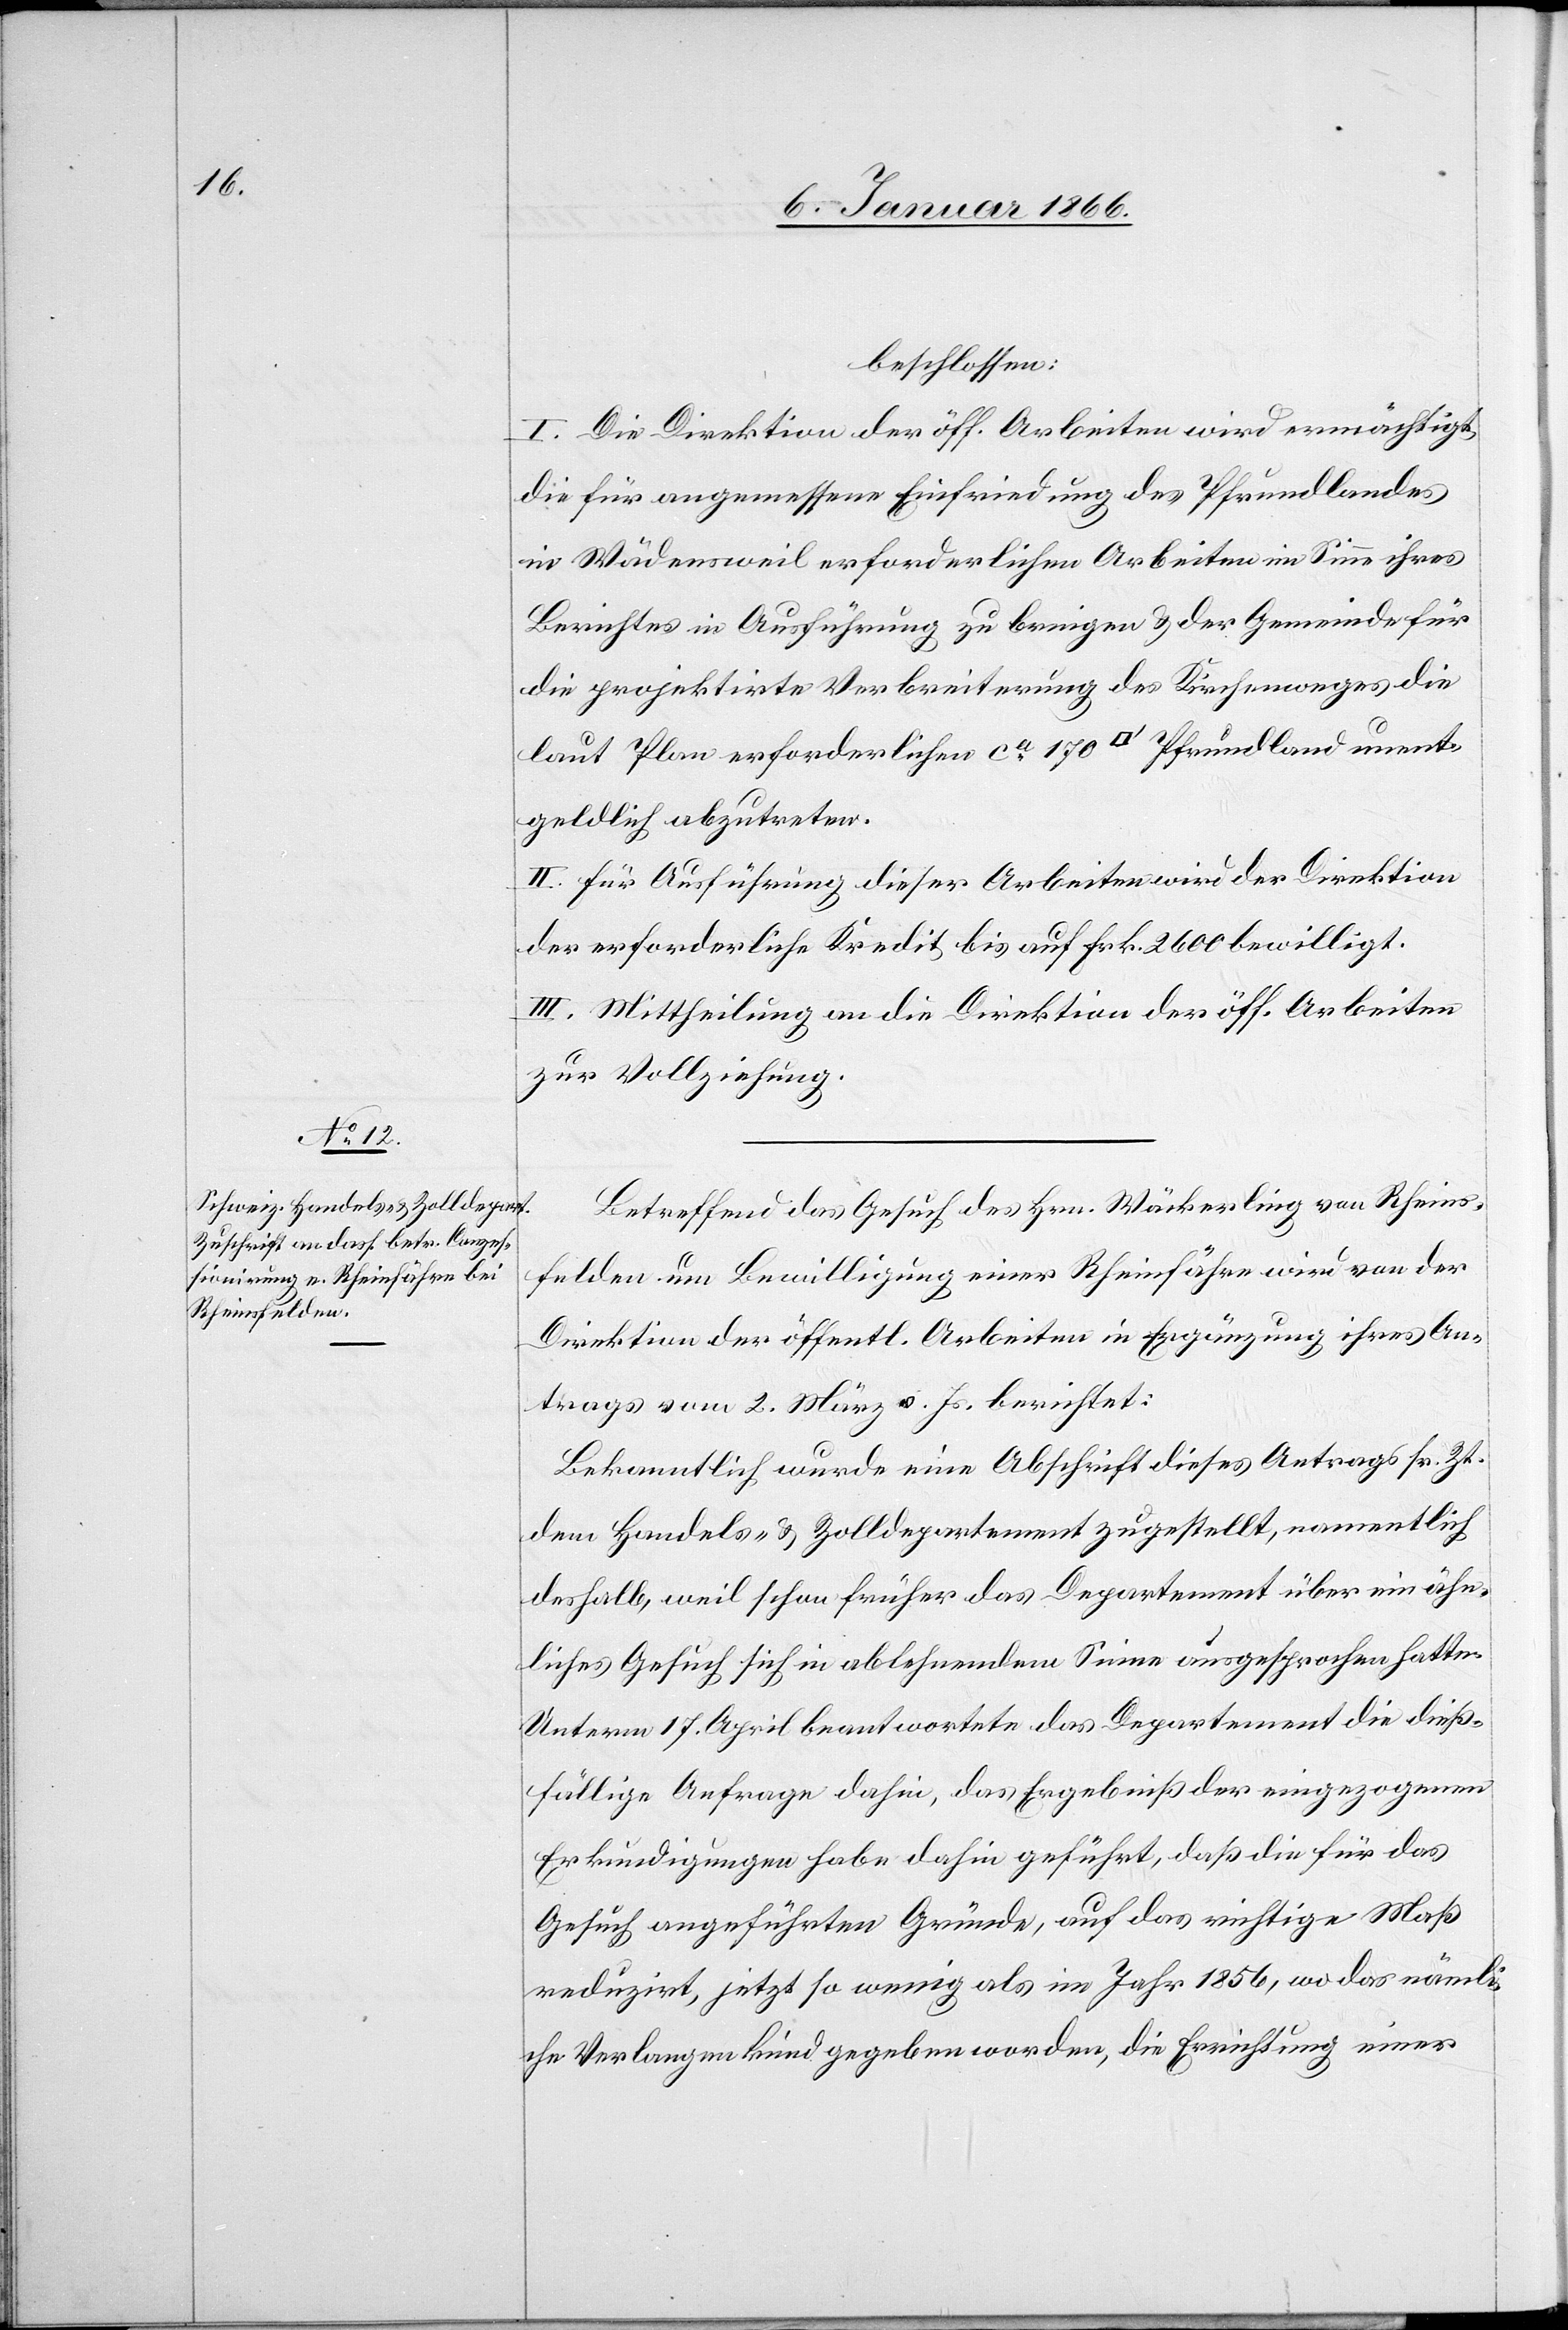
beschlossen:
I. Die Direktion der öff. Arbeiten wird ermächtigt,
die für angemessene Einfriedung des Pfrundlandes
in Wädensweil erforderlichen Arbeiten im Sinne ihres
Berichtes in Ausführung zu bringen u. der Gemeinde für
die projektirte Verbreiterung des Kirchenweges die
laut Plan erforderlichen ca. 170 [Quadratfuss] Pfrundland unent¬
geltlich abzutreten.
II. Für Ausführung dieser Arbeiten wird der Direktion
der erforderliche Kredit bis auf Frk. 2600 bewilligt.
III. Mittheilung an die Direktion der öff. Arbeiten
zur Vollziehung.
Betreffend das Gesuch des Hrn. Wäckerling von Rheins¬
felden um Bewilligung einer Rheinfähre wird von der
Direktion der öffentl. Arbeiten in Ergänzung ihres An¬
trages vom 2. März v. Js. berichtet:
Bekanntlich wurde eine Abschrift dieses Antrags sr. Zt.
dem Handels- & Zolldepartement zugestellt, namentlich
deshalb, weil schon früher das Departement über ein ähn¬
liches Gesuch sich in ablehnendem Sinne ausgesprochen hatte.
Unterm 17. April beantwortete das Departement die dieß¬
fällige Anfrage dahin, das Ergebniß der eingezogenen
Erkundigungen habe dahin geführt, daß die für das
Gesuch angeführten Gründe, auf das wichtige Maß
reduzirt, jetzt so wenig als im Jahr 1856, wo das nämli¬
che Verlangen kundgegeben worden, die Errichtung einer